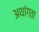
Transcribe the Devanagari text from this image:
अथांगता